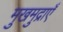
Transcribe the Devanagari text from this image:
मुखमुद्राएँ